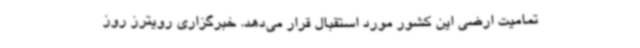
تمامیت ارضی این کشور مورد استقبال قرار می‌دهد. خبرگزاری رویترز روز